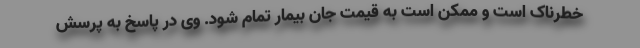
خطرناک است و ممکن است به قیمت جان بیمار تمام شود. وی در پاسخ به پرسش